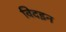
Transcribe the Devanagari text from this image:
विदइन